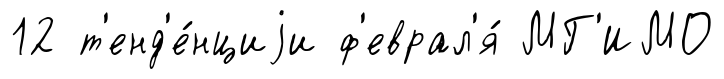
12 т'енд'е́нциjи ф'еврал'я́ МГ'ИМО